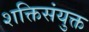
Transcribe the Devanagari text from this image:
शक्तिसंयुक्त